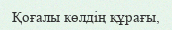
Қоғалы көлдің құрағы,